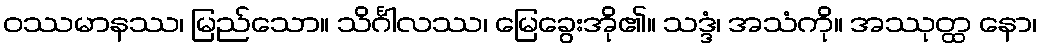
ဝဿမာနဿ၊ မြည်သော။ သိင်္ဂါလဿ၊ မြေခွေးအို၏။ သဒ္ဒံ၊ အသံကို။ အဿုတ္ထ နော၊